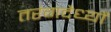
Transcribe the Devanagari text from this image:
तरंगदैध्यों